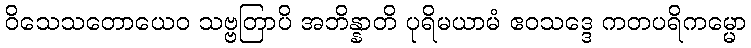
ဝိသေသတောယေဝ သဗ္ဗတြာပိ အဘိန္နာတိ ပုရိမယာမံ ဧဝသဒ္ဒေ ကတပရိကမ္မော